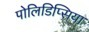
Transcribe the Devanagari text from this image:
पोलिडिप्सिया